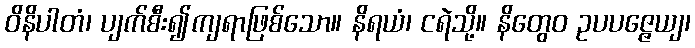
ဝိနိပါတံ၊ ပျက်စီး၍ကျရာဖြစ်သော။ နိရယံ၊ ငရဲသို့။ နိတွေဝ ဥပပဇ္ဇေယျ၊